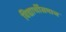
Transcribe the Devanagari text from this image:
विद्यार्थीसमाज